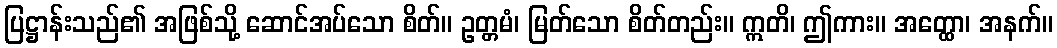
ပြဋ္ဌာန်းသည်၏ အဖြစ်သို့ ဆောင်အပ်သော စိတ်။ ဥတ္တမံ၊ မြတ်သော စိတ်တည်း။ ဣတိ၊ ဤကား။ အတ္ထော၊ အနက်။